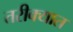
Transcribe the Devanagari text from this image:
तरीक्यात